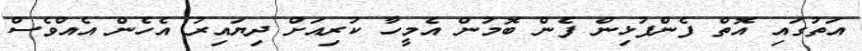
އަތުގައި އޮތް ފެންފުޅިން ފެން ބޮމުން އެމީހާ ކުރިއަށް ދިޔައިރު އެހެން އެއްވެސް